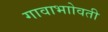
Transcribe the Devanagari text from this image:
गावाभाोवती